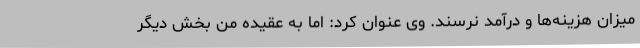
میزان هزینه‌ها و درآمد نرسند. وی عنوان کرد: اما به عقیده من بخش دیگر